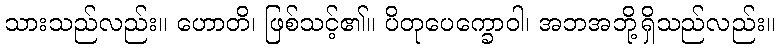
သားသည်လည်း။ ဟောတိ၊ ဖြစ်သင့်၏။ ပိတုပေက္ခောဝါ၊ အဘအဘို့ရှိသည်လည်း။